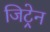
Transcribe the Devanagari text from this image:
जिट्रेन